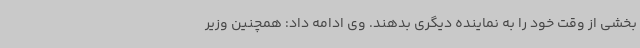
بخشی از وقت خود را به نماینده دیگری بدهند. وی ادامه داد: همچنین وزیر